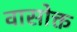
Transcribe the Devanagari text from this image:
वासोक्त